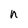
Character: n